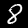
Label: 8